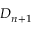
D _ { n + 1 }